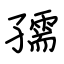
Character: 孺